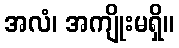
အလံ၊ အကျိုးမရှိ။